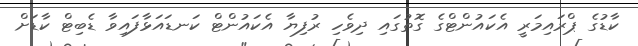
ކާޑުގެ ޕްރައިމަރީ އެކައުންޓްގެ ގޮތުގައި ދިވެހި ރުފިޔާ އެކައުންޓް ކަނޑައަޅާފައިވާ ޑެބިޓް ކާޑަށް